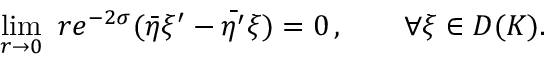
\operatorname * { l i m } _ { r \rightarrow 0 } ~ r e ^ { - 2 \sigma } ( \bar { \eta } \xi ^ { \prime } - \bar { \eta ^ { \prime } } \xi ) = 0 \, , \qquad \forall \xi \in D ( K ) .